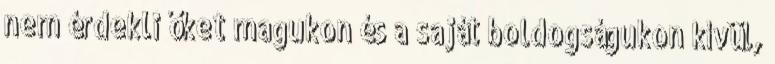
nem érdekli őket magukon és a saját boldogságukon kívül,